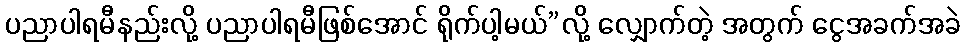
ပညာပါရမီနည်းလို့ ပညာပါရမီဖြစ်အောင် ရိုက်ပါ့မယ်”လို့ လျှောက်တဲ့ အတွက် ငွေအခက်အခဲ